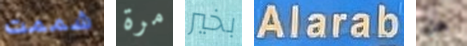
شممت مرة بخير Alarab هل